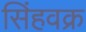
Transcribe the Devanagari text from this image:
सिंहवक्र